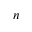
n